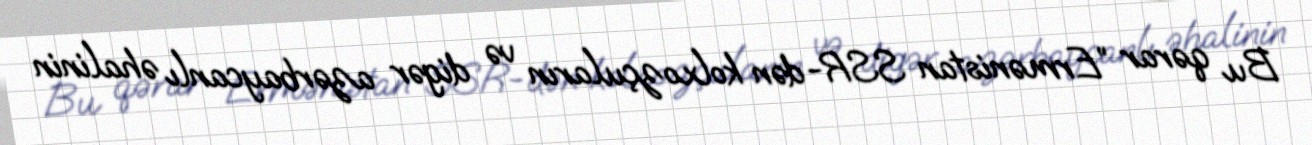
Bu qərar ”Ermənistan SSR-dən kolxozçuların və digər azərbaycanlı əhalinin